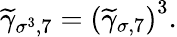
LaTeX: \widetilde{\gamma}_{\sigma^{3},7}=\left(\widetilde{\gamma}_{\sigma,7}\right)^{3}.